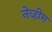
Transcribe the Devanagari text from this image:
नेव्हीम